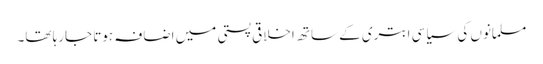
مسلمانوں کی سیاسی ابتری کے ساتھ اخلاقی پستی میں اضافہ ہوتا جارہا تھا۔